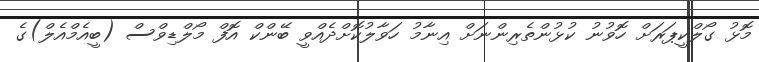
މޮޅު ގޯލްކީޕަރަށް ހޮވުނު ކުޅުންތެރިންނަށް އިނާމު ހަވާލުކޮށްދެއްވީ ބޭންކް އޮފް މޯލްޑިވްސް (ބީއެމްއެލް)ގެ